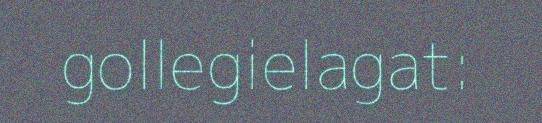
gollegielagat: